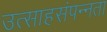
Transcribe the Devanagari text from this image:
उत्साहसंपन्नता